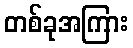
တစ်ခုအကြား